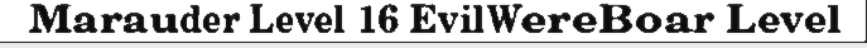
Marauder Level 16 EvilWereBoar Level